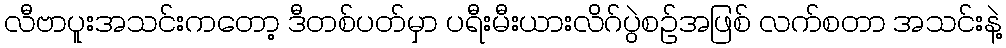
လီဗာပူးအသင်းကတော့ ဒီတစ်ပတ်မှာ ပရီးမီးယားလိဂ်ပွဲစဉ်အဖြစ် လက်စတာ အသင်းနဲ့